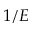
1 / E